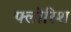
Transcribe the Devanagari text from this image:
फ्लोरिश